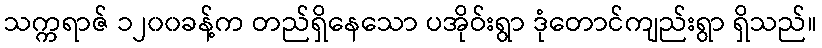
သက္ကရာဇ် ၁၂၀၀ခန့်က တည်ရှိနေသော ပအိုဝ်းရွာ ဒုံတောင်ကျည်းရွာ ရှိသည်။